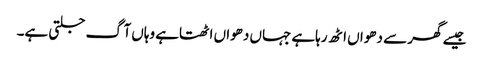
جیسے گھر سے دھواں اٹھ رہاہے جہاں دھواں اٹھتاہے وہاں آگ جلتی ہے۔